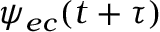
\psi _ { e c } ( t + \tau )